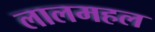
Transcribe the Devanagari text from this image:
लालमहल